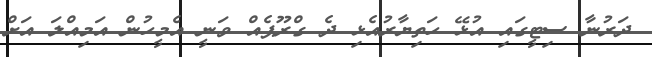
ދަރުނާ ސިޓީގައި އުޅޭ ހަތިޔާރުއެޅި ދެ ގްރޫޕެއް ވަނީ އެމީހުން އަމިއްލަ އަށް